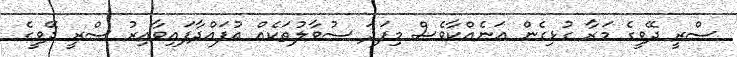
ސްރީ ދޭވީގެ މަރާ ގުޅިގެން އަނެއްކާވެސް މިފަދަ ސުވާލުތަކެއް އުފައްދާފައިވާއިރު ސްރީ ދޭވީގެ